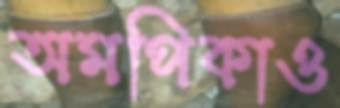
অমপিকাও